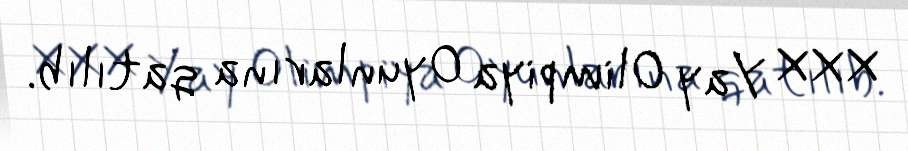
XXX Yay Olimpiya Oyunlarına qatılıb.